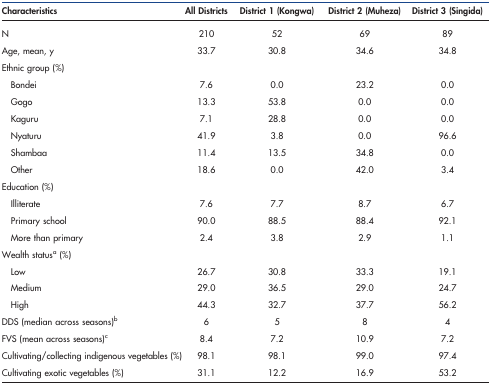
<table><thead><tr><td><b>Characteristics</b></td><td><b>All Districts</b></td><td><b>District 1 (Kongwa)</b></td><td><b>District 2 (Muheza)</b></td><td><b>District 3 (Singida)</b></td></tr></thead><tbody><tr><td>N</td><td>210</td><td>52</td><td>69</td><td>89</td></tr><tr><td>Age, mean, y</td><td>33.7</td><td>30.8</td><td>34.6</td><td>34.8</td></tr><tr><td>Ethnic group (%)</td><td></td><td></td><td></td><td></td></tr><tr><td> Bondei</td><td>7.6</td><td>0.0</td><td>23.2</td><td>0.0</td></tr><tr><td> Gogo</td><td>13.3</td><td>53.8</td><td>0.0</td><td>0.0</td></tr><tr><td> Kaguru</td><td>7.1</td><td>28.8</td><td>0.0</td><td>0.0</td></tr><tr><td> Nyaturu</td><td>41.9</td><td>3.8</td><td>0.0</td><td>96.6</td></tr><tr><td> Shambaa</td><td>11.4</td><td>13.5</td><td>34.8</td><td>0.0</td></tr><tr><td> Other</td><td>18.6</td><td>0.0</td><td>42.0</td><td>3.4</td></tr><tr><td>Education (%)</td><td></td><td></td><td></td><td></td></tr><tr><td> Illiterate</td><td>7.6</td><td>7.7</td><td>8.7</td><td>6.7</td></tr><tr><td> Primary school</td><td>90.0</td><td>88.5</td><td>88.4</td><td>92.1</td></tr><tr><td> More than primary</td><td>2.4</td><td>3.8</td><td>2.9</td><td>1.1</td></tr><tr><td>Wealth statusa (%)</td><td></td><td></td><td></td><td></td></tr><tr><td> Low</td><td>26.7</td><td>30.8</td><td>33.3</td><td>19.1</td></tr><tr><td> Medium</td><td>29.0</td><td>36.5</td><td>29.0</td><td>24.7</td></tr><tr><td> High</td><td>44.3</td><td>32.7</td><td>37.7</td><td>56.2</td></tr><tr><td>DDS (median across seasons)b</td><td>6</td><td>5</td><td>8</td><td>4</td></tr><tr><td>FVS (mean across seasons)c</td><td>8.4</td><td>7.2</td><td>10.9</td><td>7.2</td></tr><tr><td>Cultivating/collecting indigenous vegetables (%)</td><td>98.1</td><td>98.1</td><td>99.0</td><td>97.4</td></tr><tr><td>Cultivating exotic vegetables (%)</td><td>31.1</td><td>12.2</td><td>16.9</td><td>53.2</td></tr></tbody></table>